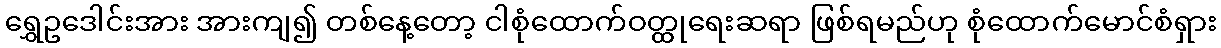
ရွှေဥဒေါင်းအား အားကျ၍ တစ်နေ့တော့ ငါစုံထောက်ဝတ္ထုရေးဆရာ ဖြစ်ရမည်ဟု စုံထောက်မောင်စံရှား